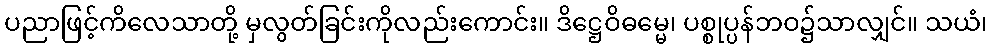
ပညာဖြင့်ကိလေသာတို့ မှလွတ်ခြင်းကိုလည်းကောင်း။ ဒိဋ္ဌေဝိဓမ္မေ၊ ပစ္စုပ္ပန်ဘဝ၌သာလျှင်။ သယံ၊